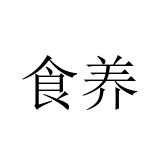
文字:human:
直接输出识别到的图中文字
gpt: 食养